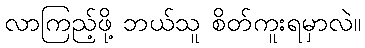
လာကြည့်ဖို့ ဘယ်သူ စိတ်ကူးရမှာလဲ။